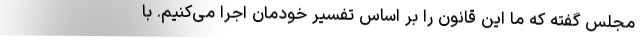
مجلس گفته که ما این قانون را بر اساس تفسیر خودمان اجرا می‌کنیم. با